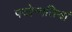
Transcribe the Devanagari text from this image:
पदोन्नतियां